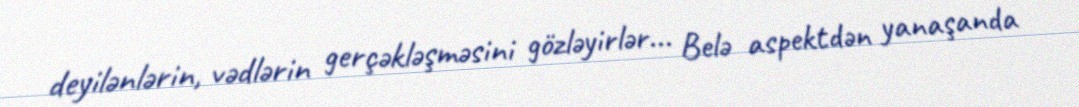
deyilənlərin, vədlərin gerçəkləşməsini gözləyirlər... Belə aspektdən yanaşanda